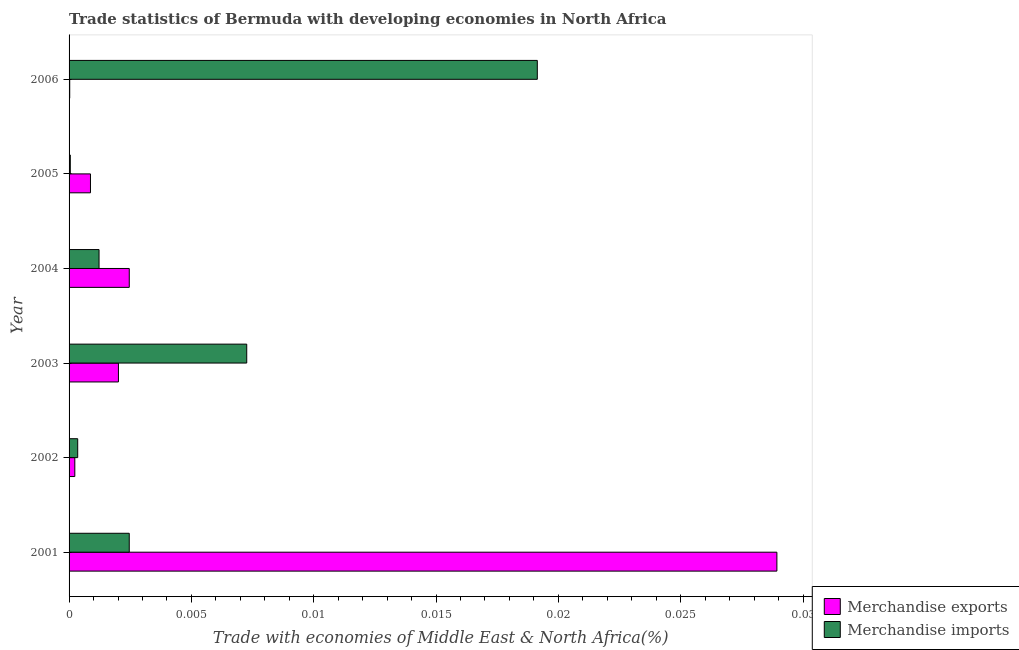
| Year | Merchandise exports | Merchandise imports |
 | --- | --- | --- |
 | 2001 | 0.0289 | 0.00246 |
 | 2002 | 0.000235 | 0.000353 |
 | 2003 | 0.00202 | 0.00726 |
 | 2004 | 0.00246 | 0.00123 |
 | 2005 | 0.000875 | 4.99e-05 |
 | 2006 | 2.67e-05 | 0.0191 |